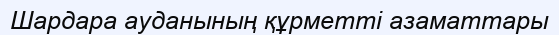
Шардара ауданының құрметті азаматтары